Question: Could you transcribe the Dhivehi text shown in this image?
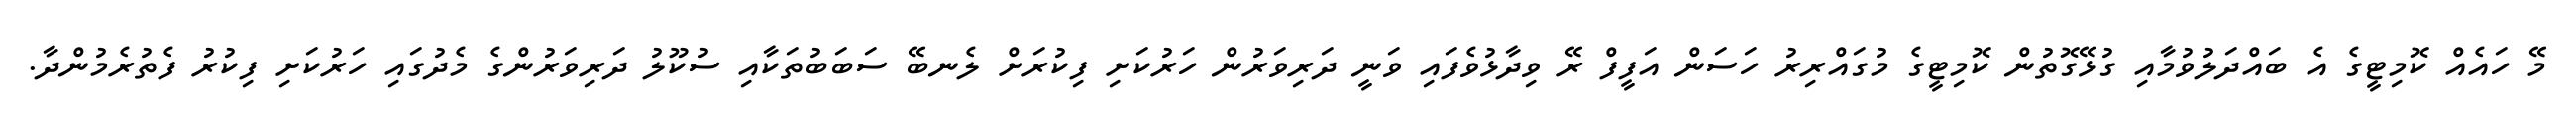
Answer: މޭ ހައެއް ކޮމިޓީގެ އެ ބައްދަލުވުމާއި ގުޅޭގޮތުން ކޮމިޓީގެ މުގައްރިރު ހަސަން އަފީފް ރޭ ވިދާޅުވެފައި ވަނީ ދަރިވަރުން ހަރުކަށި ފިކުރަށް ލެނބޭ ސަބަބުތަކާއި ސުކޫލު ދަރިވަރުންގެ މެދުގައި ހަރުކަށި ފިކުރު ފެތުރެމުންދާ.